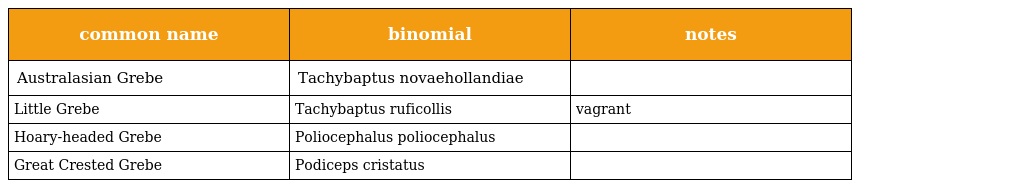
| common name | binomial | notes |
 | --- | --- | --- |
 | Australasian Grebe | Tachybaptus novaehollandiae |  |
 | Little Grebe | Tachybaptus ruficollis | vagrant |
 | Hoary-headed Grebe | Poliocephalus poliocephalus |  |
 | Great Crested Grebe | Podiceps cristatus |  |